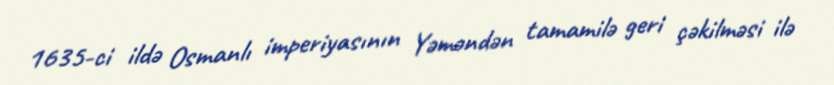
1635-ci ildə Osmanlı imperiyasının Yəməndən tamamilə geri çəkilməsi ilə